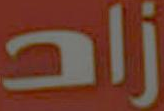
زاد